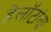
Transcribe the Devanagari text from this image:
हेलॉटांना